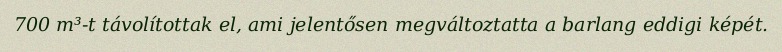
700 m³-t távolítottak el, ami jelentősen megváltoztatta a barlang eddigi képét.